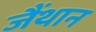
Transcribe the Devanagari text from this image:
जैंथान